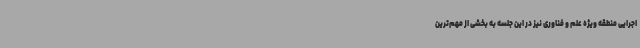
اجرایی منطقه ویژه علم و فناوری نیز در این جلسه به بخشی از مهم‌ترین